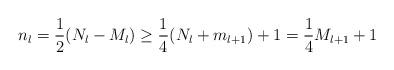
LaTeX: \begin{align*}n_l=\frac12 (N_l-M_{l}) \geq \frac14 (N_l+m_{l+1})+1=\frac14 M_{l+1} +1\end{align*}